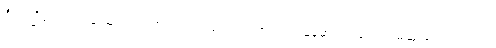
ဦးပဏ္ဍိလေးဘဝနဲ့ သူရေးတဲ့စာ လက်သံပြောင်တဲ့အတွက် မြန်မာပြည်မှာ ပထမဆုံးလောက်ကျတဲ့